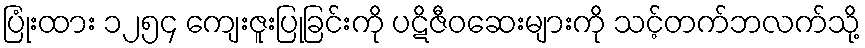
ပြုံးထား ၁၂၅၄ ကျေးဇူးပြုခြင်းကို ပဋိဇီဝဆေးများကို သင့်တက်ဘလက်သို့